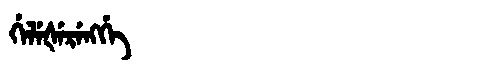
Manchu: ᡤᡝᠯᡝᡧᡝᡵᡝᠩᡤᡝ
Romanization: GELEŠERENGGE